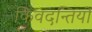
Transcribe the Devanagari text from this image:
किवदन्तियों